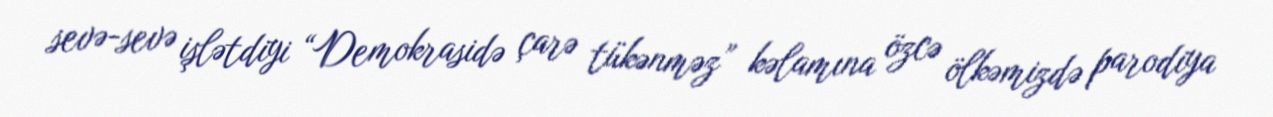
sevə-sevə işlətdiyi “Demokrasidə çarə tükənməz” kəlamına özcə ölkəmizdə parodiya